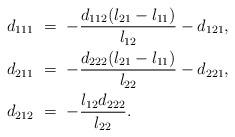
LaTeX: \begin{align*}d_{111} \ &= \ -\frac{d_{112}(l_{21}-l_{11})}{l_{12}} - d_{121}, \\d_{211} \ &= \ -\frac{d_{222}(l_{21}-l_{11})}{l_{22}} - d_{221}, \\d_{212} \ &= \ -\frac{l_{12}d_{222}}{l_{22}}.\end{align*}